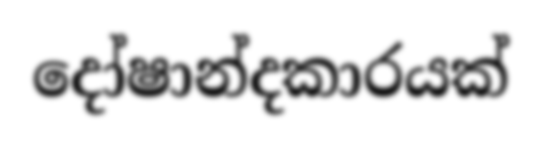
දෝෂාන්දකාරයක්